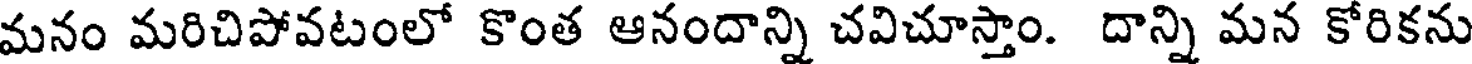
మనం మరిచిపోవటంలో కొంత ఆనందాన్ని చవిచూస్తాం. దాన్ని మన కోరికను